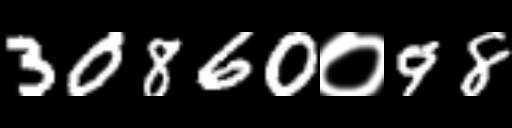
Text: 30860०98